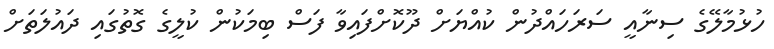
ހުޅުމާލޭގެ ސިނާއީ ސަރަހައްދުން ކުއްޔަށް ދޫކޮށްފައިވާ ފަސް ބިމަކުން ކުލީގެ ގޮތުގައި ދައުލަތަށް